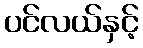
ပင်လယ်နှင့်